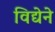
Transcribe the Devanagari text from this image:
विद्येने